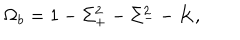
\Omega _ { b } = 1 - \Sigma _ { + } ^ { 2 } - \Sigma _ { - } ^ { 2 } - K ,